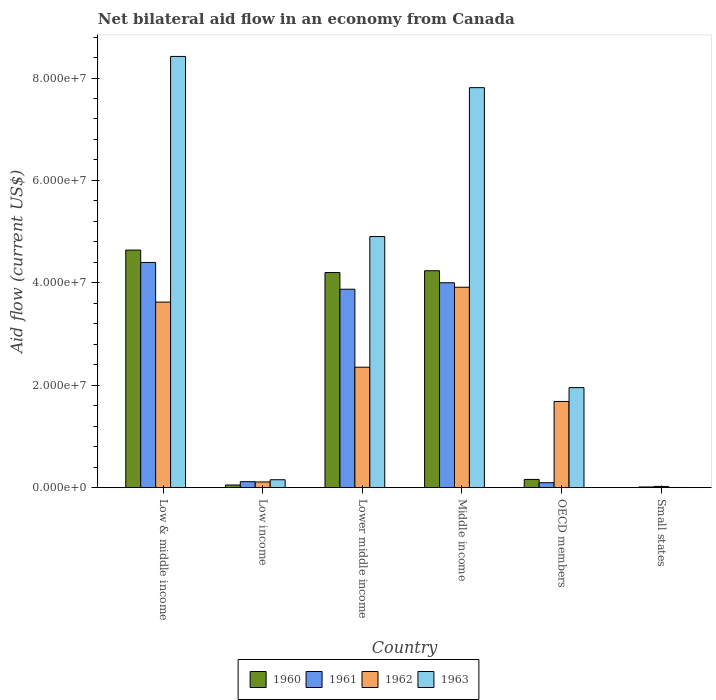
| Country | 1960 | 1961 | 1962 | 1963 |
 | --- | --- | --- | --- | --- |
 | Low & middle income | 4.64e+07 | 4.4e+07 | 3.62e+07 | 8.42e+07 |
 | Low income | 5.1e+05 | 1.16e+06 | 1.11e+06 | 1.54e+06 |
 | Lower middle income | 4.2e+07 | 3.88e+07 | 2.35e+07 | 4.9e+07 |
 | Middle income | 4.24e+07 | 4e+07 | 3.91e+07 | 7.81e+07 |
 | OECD members | 1.6e+06 | 9.6e+05 | 1.68e+07 | 1.95e+07 |
 | Small states | 2e+04 | 1.3e+05 | 2.3e+05 | 3e+04 |